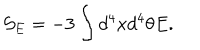
{ \mathcal { S } } _ { E } = - 3 \int { d ^ { 4 } x d ^ { 4 } \theta E } .